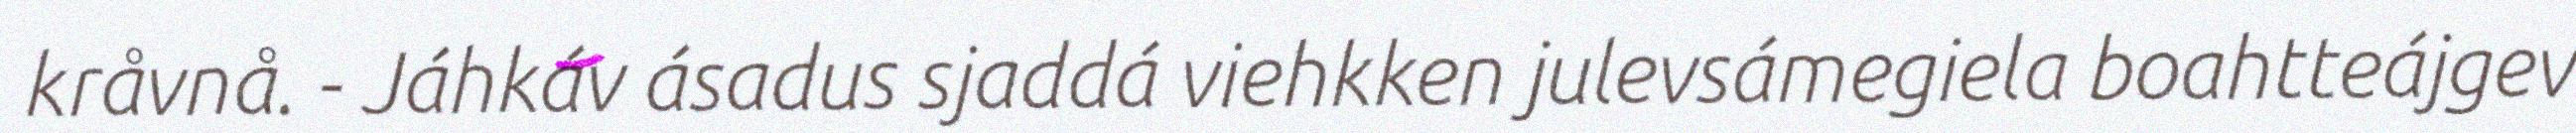
kråvnå. - Jáhkáv ásadus sjaddá viehkken julevsámegiela boahtteájgev